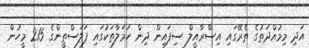
އަދި މިމުއްދަތުގެ ތެރޭގައި އިސްރާއީލް ސިފައިން ދިން ހަމަލާތަކުގައި ފަލަސްތީންގެ 215 މީހުން